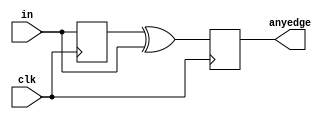
module top_module (
    input clk,
    input [7:0] in,
    output [7:0] anyedge
);
    
    wire [7:0] pre;
    
    always @(posedge clk) begin
        anyedge <= pre ^ in;
        pre <= in;
    end

endmodule